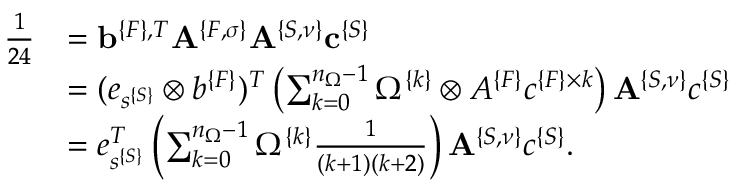
\begin{array} { r l } { \frac { 1 } { 2 4 } } & { = { \bf b } ^ { \{ F \} , T } { \bf A } ^ { \{ F , \sigma \} } { \bf A } ^ { \{ S , \nu \} } { \bf c } ^ { \{ S \} } } \\ & { = ( e _ { s ^ { \{ S \} } } \otimes b ^ { \{ F \} } ) ^ { T } \left( \sum _ { k = 0 } ^ { n _ { \Omega } - 1 } \Omega ^ { \{ k \} } \otimes A ^ { \{ F \} } c ^ { \{ F \} \times k } \right) { \bf A } ^ { \{ S , \nu \} } c ^ { \{ S \} } } \\ & { = e _ { s ^ { \{ S \} } } ^ { T } \left( \sum _ { k = 0 } ^ { n _ { \Omega } - 1 } \Omega ^ { \{ k \} } \frac { 1 } { ( k + 1 ) ( k + 2 ) } \right) { \bf A } ^ { \{ S , \nu \} } c ^ { \{ S \} } . } \end{array}